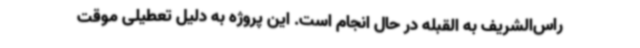
راس‌الشریف به القبله در حال انجام است. این پروژه به دلیل تعطیلی موقت